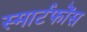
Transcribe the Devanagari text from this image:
स्मार्टफोंस